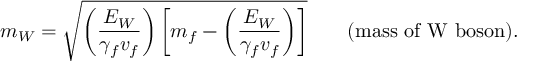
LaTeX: m _ { W } = \sqrt { \left( \frac { E _ { W } } { \gamma _ { f } v _ { f } } \right) \left[ m _ { f } - \left( \frac { E _ { W } } { \gamma _ { f } v _ { f } } \right) \right] } \qquad \mathrm { ( m a s s ~ o f ~ W ~ b o s o n ) . }